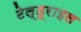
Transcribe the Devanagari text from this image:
टेल्डूराइल